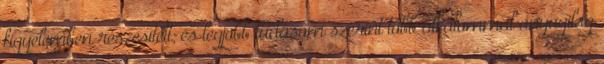
figyelemben részesített; és legjobb tudásom szerint több alkalommal anyagilag